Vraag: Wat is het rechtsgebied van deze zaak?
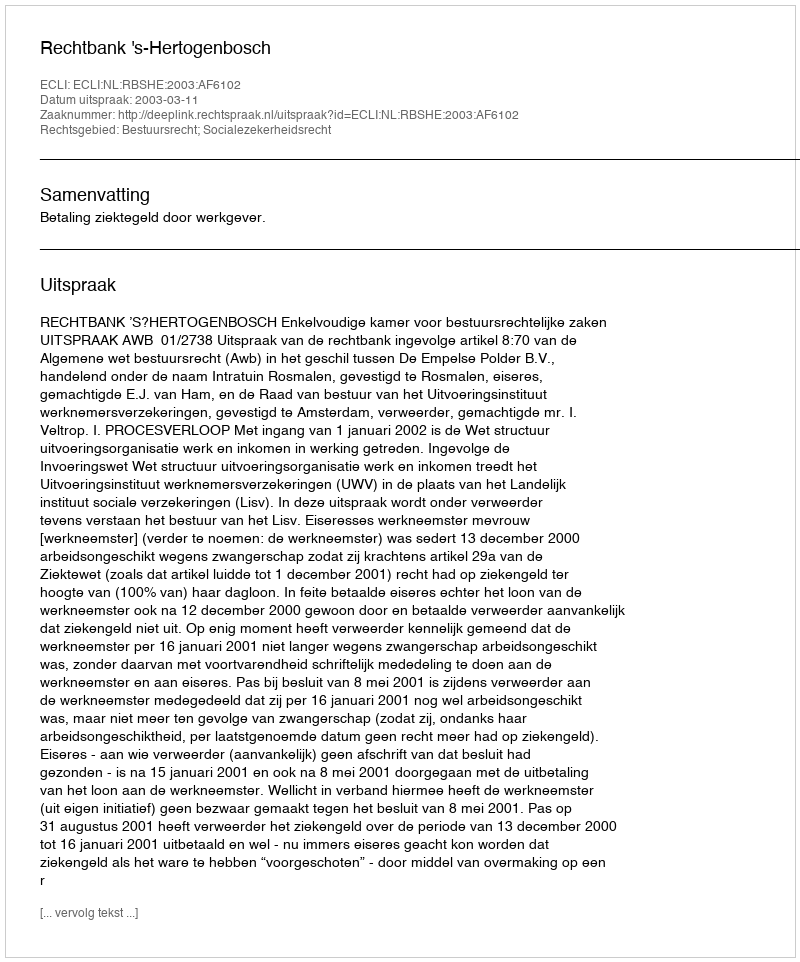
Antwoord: Bestuursrecht; Socialezekerheidsrecht